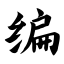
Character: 编